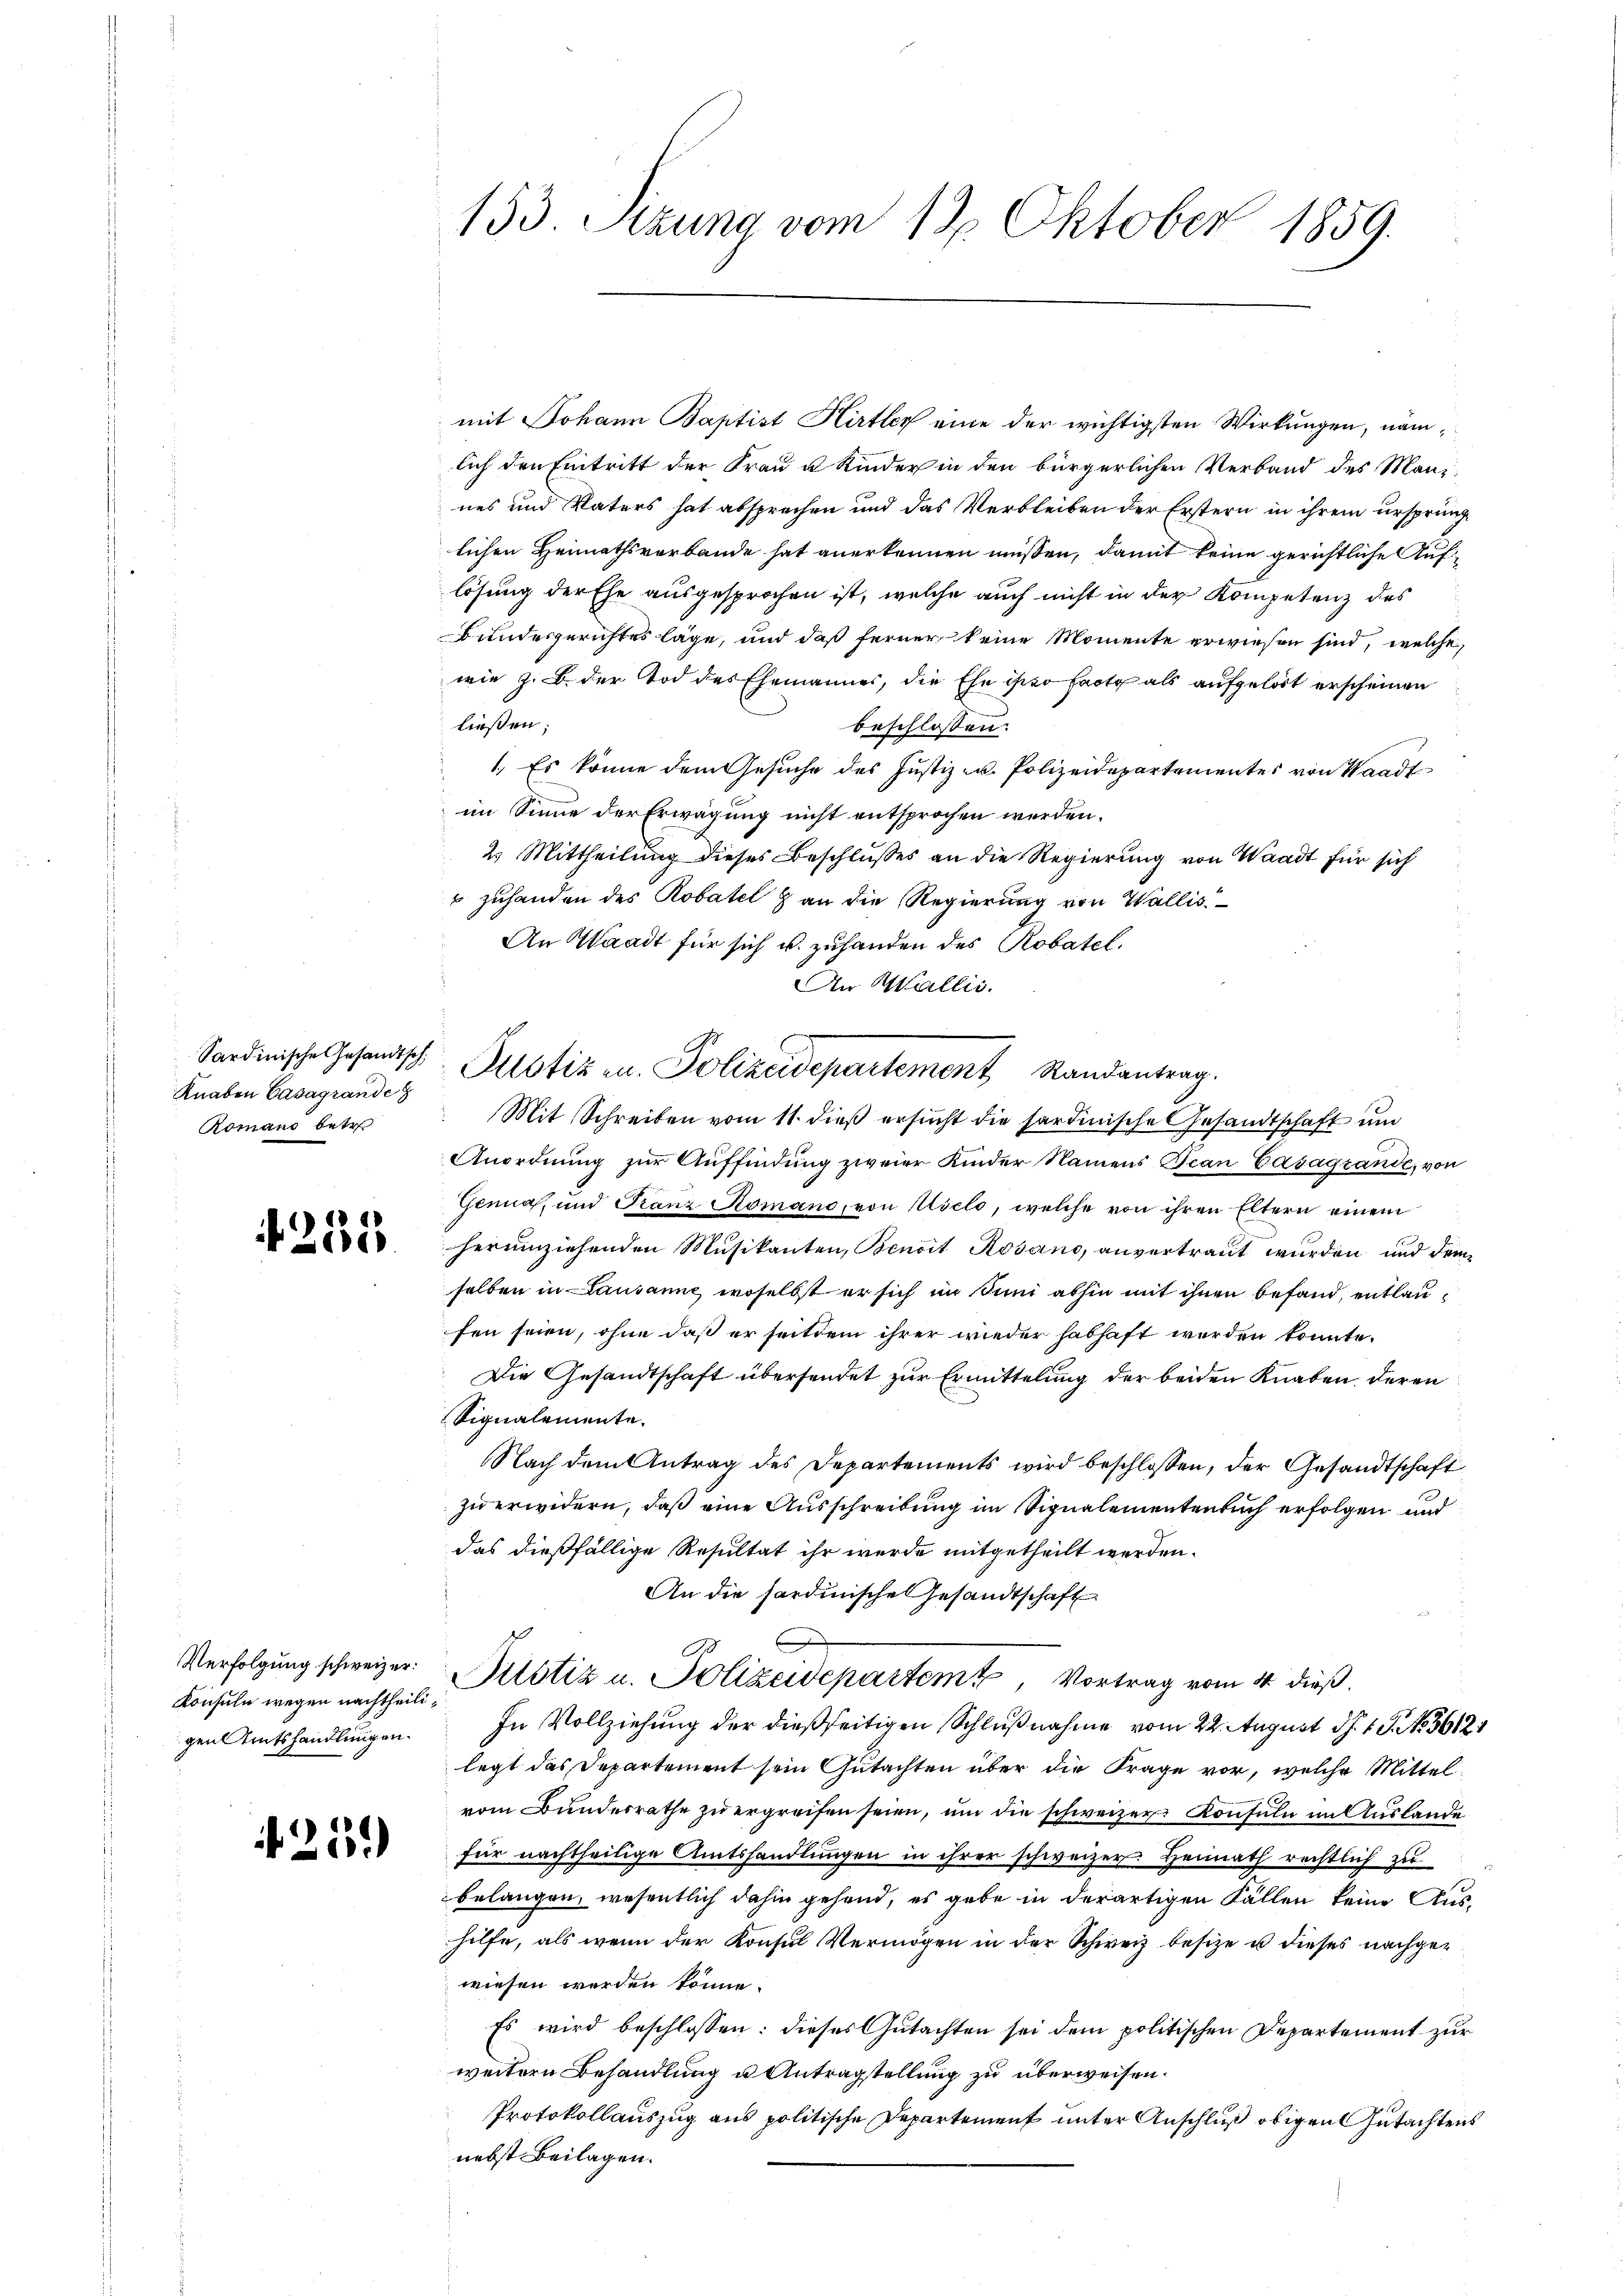
Sardinische Gesandtsch,
Knaben Casagrande
Romand betr

1252

Konsuln wegen nachtheiligen Amtshandlungen.

25.

153. Sitzung vom 12. Oktober 1859.

mit Johann Baptist Hirtler eine der wichtigsten Wirkungen, nämlich den Eintritt der Frau u. Kinder in den bürgerlichen Verband des Manines und Vaters hat absprechen und das Verbleiben der Erstern in ihrem ursprünglichen Heimathsverbande hat anerkennen müssen, damit keine gerichtliche Auflösung der Ehe ausgesprochen ist, welche auch nicht in der Kompetenz der
Bundesgerichtes läge, und daß ferner keine Momente erwiesen sind, welche,
wie z. B. der Tod des Ehemannes, die Ehe ist so hat als aufgelöst erscheinen
ließen;
beschlossen:
1. Es könne dem Gesuche des Justiz- u. Polizeidepartementes von Waadt
im Sinne der Erwägung nicht entsprochen werden.
2.) Mittheilung dieses Beschlußes an die Regierung von Waadt für sich
 zuhanden des Robatel & an die Regierung von Wallis
An Waadt für sich u. zuhanden des Robatel.
An Wallis.
Mit Schreiben vom 11. dieß ersucht die sardinische Gesandtschaft und
Anordnung zur Auffindung zweier Kinder Namens Tean Casagrande, von
Genna, und Stanz Romano, von Rieto, welche von ihren Eltern einem
herumziehenden Musikanten, Benoit Rosano, anvertraut wurden und dem
selben in Lausanne, woselbst er sich im Juni abhin mit ihnen befand, entlaufen seien, ohne daß er seitdem ihrer wieder habhaft werden konnte.
Die Gesandtschaft übersendet zur Ermittelung der beiden Knaben, deren
Signalemente.
Nach dem Antrag des Departements wird beschlossen, der Gesandtschaft
zu erwidern, daß eine Ausschreibung im Vignalementenbuch erfolgen und
das dießfällige Resultat ihr wurde mitgetheilt werden.
An die sardinische Gesandtschaft
o
Verfolgung schweizer. Pitstiz u. Polizeidepartem Vortrag vom 4. dieß.
In Vollziehung der dießseitigen Schlußnahme vom 22. August d. 1. 15. 36121
legt das Departement sein Gutachten über die Frage vor, welche Mittel
vom Bundesrathe zŭ ergreifen seien, um die schweizer Konsuln im Auslande
für nachtheilige Amtshandlungen in ihrer schweizer. Heimath rechtlich zu
belangen, wesentlich dahin gehend, es gabe in derartigen Fällen keine Aushilfe, als wenn der Konsul Vermögen in der Schweiz besitze u dieses nachgewiesen werden könne.
Es wird beschlossen: dieses Gutachten sei dem politischen Departement zur
weitern Behandlung u Antragstellung zu überweisen.
Protokollauszug aus politische Departement unter Anschluß obigen Gutachtens
nebst Beilagen.

Justiz u. Polizeidepartement Randantrag.